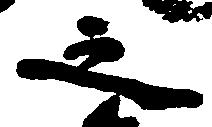
之